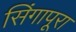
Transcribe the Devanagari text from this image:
सिंगापूरा